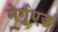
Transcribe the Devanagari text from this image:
मेर्गुएज़